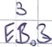
Text: E3.3